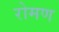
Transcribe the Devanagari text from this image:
रोमण